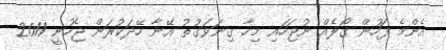
އެންމެ ފަހުން ގޯލެއް ނުޖަހައި މިހާ ގިނަވަގުތު އޭނާ ހޭދަކުރަން ޖެހުނީ 2011